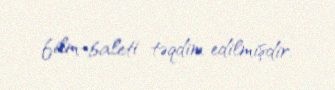
film-baleti təqdim edilmişdir.